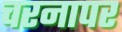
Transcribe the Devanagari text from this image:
चरनापर